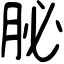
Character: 䏟